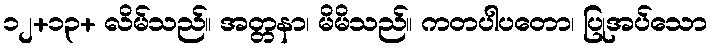
၁၂+၁၃+ လိမ်သည်။ အတ္တနာ၊ မိမိသည်။ ကတပါပတော၊ ပြုအပ်သော